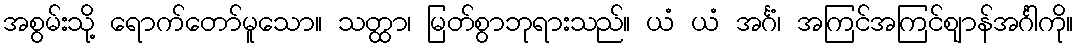
အစွမ်းသို့ ရောက်တော်မူသော။ သတ္ထာ၊ မြတ်စွာဘုရားသည်။ ယံ ယံ အင်္ဂံ၊ အကြင်အကြင်ဈာန်အင်္ဂါကို။